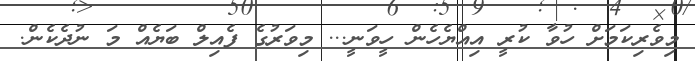
މިވެރިކަމަށް ހުވާ ކުރީ އިއްޔެހެން ހީވަނީ... މިވަރުގެ ފެއިލް ބަޔެއް މަ ނުދެކެން.